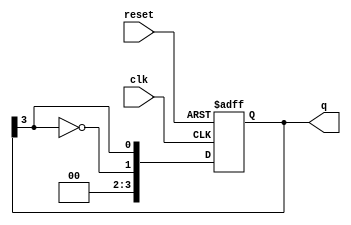
module johnson_counter #(
    parameter n = 4  // Number of flip-flops
)(
    input wire clk,       // Clock input
    input wire reset,     // Asynchronous reset
    output reg [n-1:0] q // Output state of the flip-flops
);

// State transition logic
always @(posedge clk or posedge reset) begin
    if (reset) begin
        // Asynchronous reset: initialize all flip-flops to 0
        q <= {n{1'b0}};
    end else begin
        // Johnson Counter logic: shift right and invert the last flip-flop
        q <= {~q[n-1], q[n-1:n-1]}; // Shift and feed back inverted last flip-flop
    end
end

// Output generation (Moore output)
always @(q) begin
    // Output logic can be defined here based on the current state
    // For example, we can directly use the state as output
    // In this case, the output is already represented by 'q'
end

endmodule